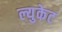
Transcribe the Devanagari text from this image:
ल्युकेट